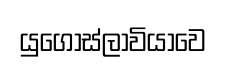
යුගෝස්ලාවියාවෙ